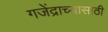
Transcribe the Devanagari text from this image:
गजेंद्राच्यासाठी